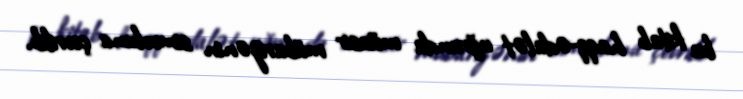
bu kitab haqq-ədalət uğrunda müasir mübarizənin simvoluna çevrilib.